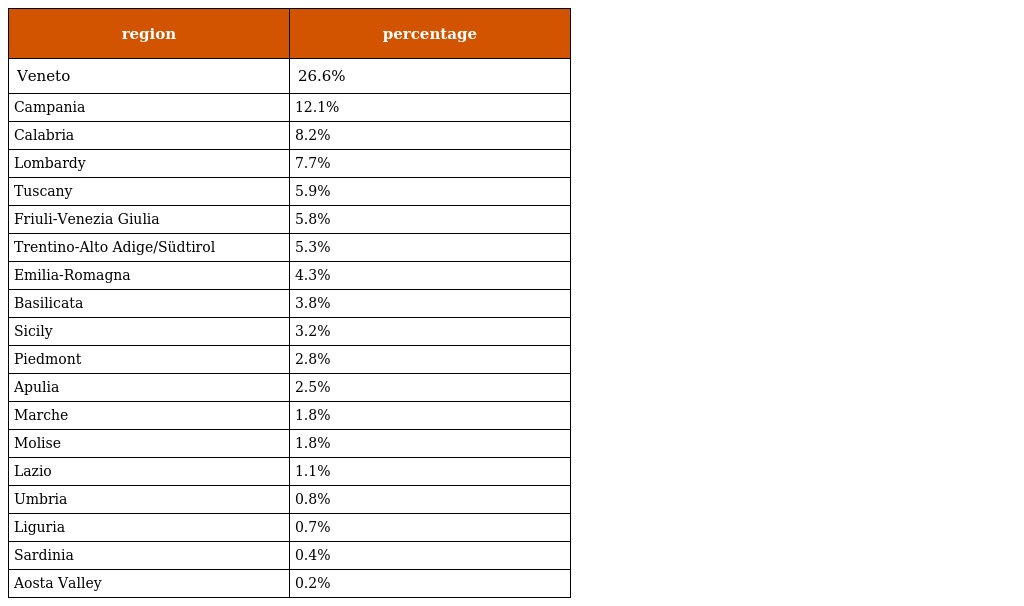
| region | percentage |
 | --- | --- |
 | Veneto | 26.6% |
 | Campania | 12.1% |
 | Calabria | 8.2% |
 | Lombardy | 7.7% |
 | Tuscany | 5.9% |
 | Friuli-Venezia Giulia | 5.8% |
 | Trentino-Alto Adige/Südtirol | 5.3% |
 | Emilia-Romagna | 4.3% |
 | Basilicata | 3.8% |
 | Sicily | 3.2% |
 | Piedmont | 2.8% |
 | Apulia | 2.5% |
 | Marche | 1.8% |
 | Molise | 1.8% |
 | Lazio | 1.1% |
 | Umbria | 0.8% |
 | Liguria | 0.7% |
 | Sardinia | 0.4% |
 | Aosta Valley | 0.2% |